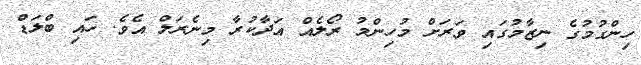
ހިންގުމުގެ ނިޒާމުގައި ވަރަށް މުހިންމު ރޯލެއް އަދާކުރާ މިނެރަލް އެވެ. ހައި ބްލަޑް